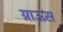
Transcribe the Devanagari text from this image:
ग्राऊस